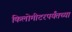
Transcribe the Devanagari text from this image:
किलोमीटरपर्यंतच्या